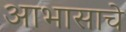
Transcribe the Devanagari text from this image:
आभासाचे